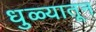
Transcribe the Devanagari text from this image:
धुळ्यातून